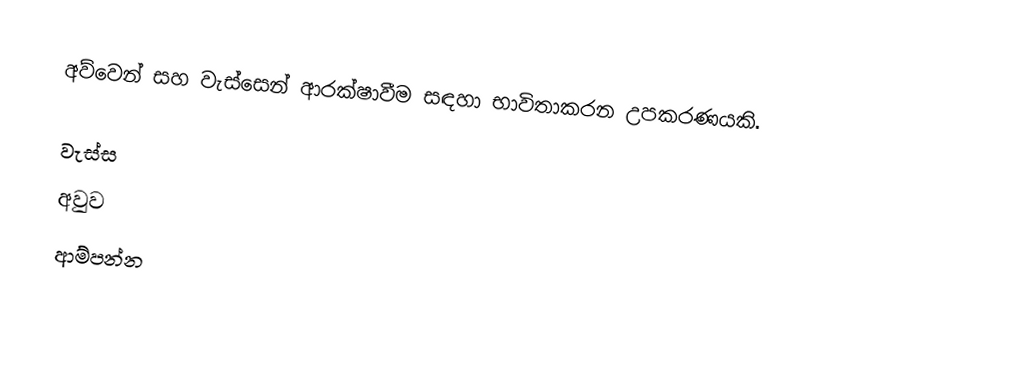
අව්වෙන් සහ වැස්සෙන් ආරක්ෂාවීම සඳහා භාවිතාකරන උපකරණයකි.

වැස්ස
අවුව
ආම්පන්න